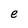
Character: e